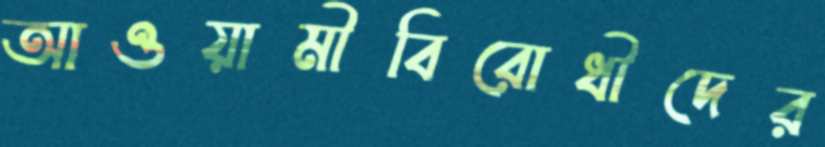
আওয়ামীবিরোধীদের